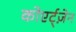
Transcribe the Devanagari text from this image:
कोएर्ट्ज़ेन